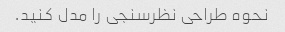
نحوه طراحی نظرسنجی را مدل کنید.